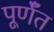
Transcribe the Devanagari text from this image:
पूर्णँत